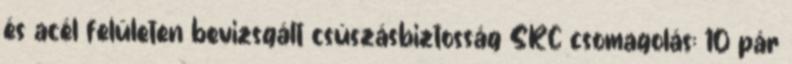
és acél felületen bevizsgált csúszásbiztosság SRC csomagolás: 10 pár